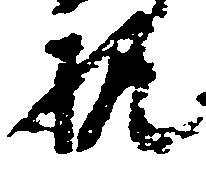
概